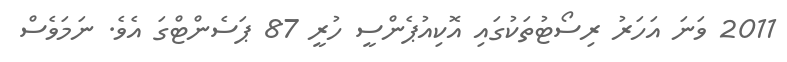
2011 ވަނަ އަހަރު ރިސޯޓުތަކުގައި އޮކިއުޕެންސީ ހުރީ 87 ޕަސެންޓްގަ އެވެ. ނަމަވެސް